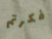
فكرتم